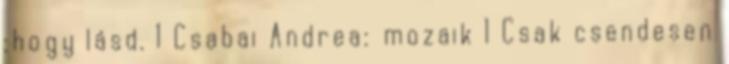
:hogy lásd. 1 Csabai Andrea: mozaik 1 Csak csendesen